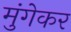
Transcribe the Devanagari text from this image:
मुंगेकर